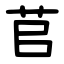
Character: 苢